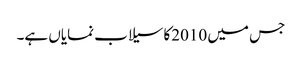
جس میں 2010کا سیلاب نمایاں ہے۔